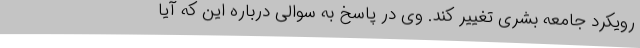
رویکرد جامعه بشری تغییر کند. وی در پاسخ به سوالی درباره این که آیا